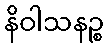
နိဝါသနဉ္စ